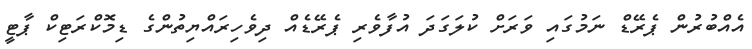
އެއްބުރުން ޕެރޭޑް ނަމުގައި ވަރަށް ކުލަގަދަ އުފާވެރި ޕެރޭޑެއް ދިވެހިރައްޔިތުންގެ ޑިމޮކްރަޓިކް ޕާޓީ